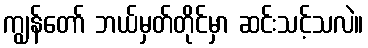
ကျွန်တော် ဘယ်မှတ်တိုင်မှာ ဆင်းသင့်သလဲ။